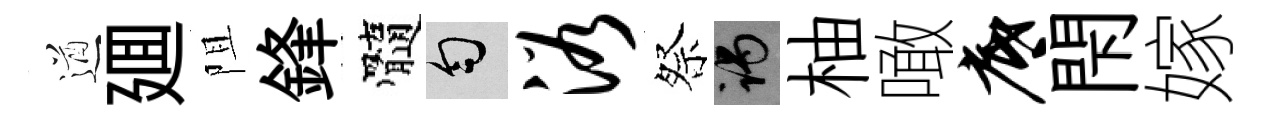
遒廽阻鋒髓匀浴祭谒柚噉底閇嫁